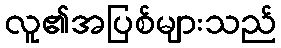
လူ၏အပြစ်များသည်